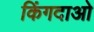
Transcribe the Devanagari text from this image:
किंगदाओ